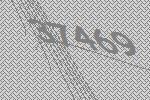
37469